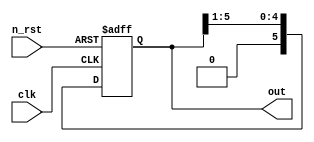
module register(
  clk,
  n_rst,
  out
);

input clk;
input n_rst;
output reg [5:0] out;

always@(posedge clk or negedge n_rst)
begin
  if(!n_rst)
    out <= 6'b11_1111;
  else 
  begin
    out[0] <= out[1];
    out[1] <= out[2];
    out[2] <= out[3];
    out[3] <= out[4];
    out[4] <= out[5];
    out[5] <= 1'b0;
  end
end
endmodule